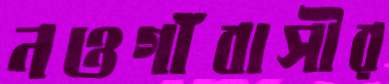
নওগাঁবাসীর